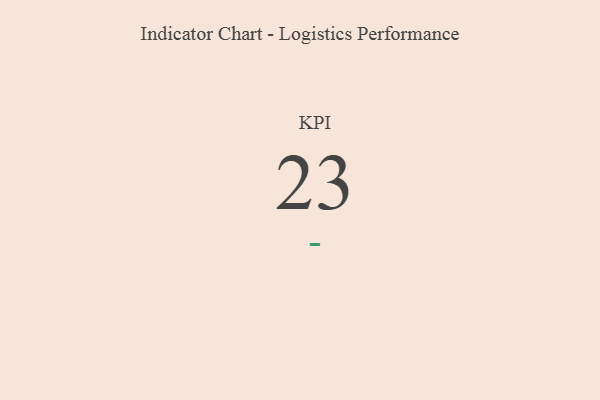
{"axis": {"x": "KPI", "y": "Value"}, "legend": [""], "data": [{"x": "KPI", "y": 23, "type": ""}]}